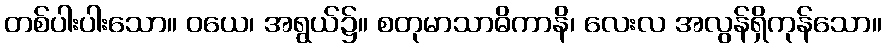
တစ်ပါးပါးသော။ ဝယေ၊ အရွယ်၌။ စတုမာသာဓိကာနိ၊ လေးလ အလွန်ရှိကုန်သော။